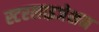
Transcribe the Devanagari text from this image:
स्टरलाइजेशन